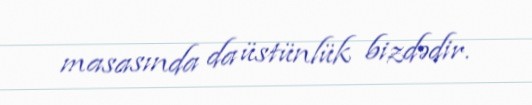
masasında da üstünlük bizdədir.